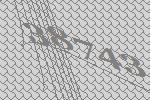
38743